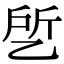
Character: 乺